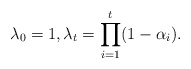
\begin{align*}\lambda_0=1, \lambda_t=\prod_{i=1}^{t}(1-\alpha_i).\end{align*}